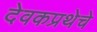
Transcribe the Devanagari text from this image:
देवकप्रथेचे